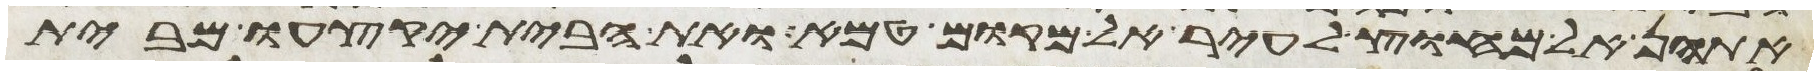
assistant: אתהן אל מחוץ לעיר אל מקום טמא ואת הבית יקצעו מבית